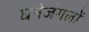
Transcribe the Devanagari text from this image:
घनेजंगलों